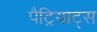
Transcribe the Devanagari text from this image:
पैट्रियाट्स